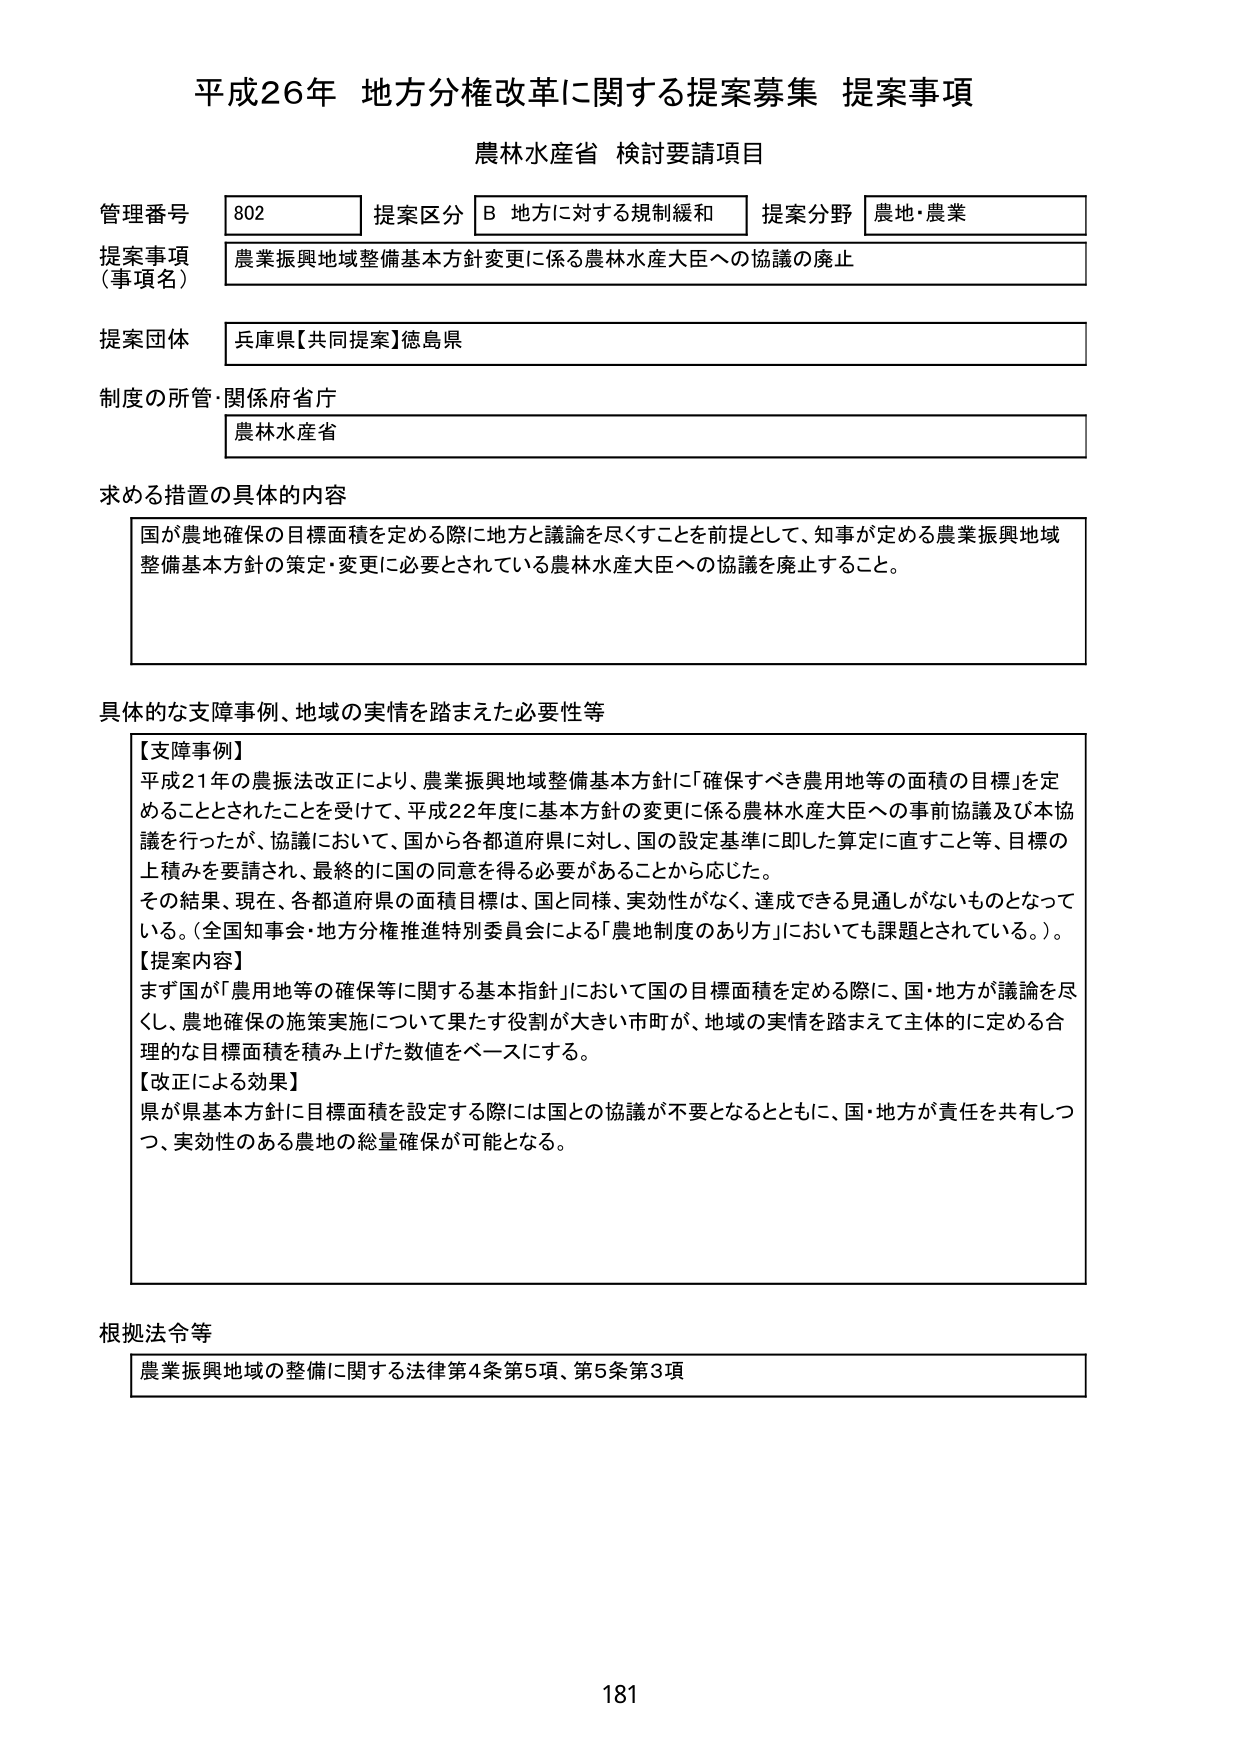
平成26年 地方分権改革に関する提案募集 提案事項
農林水産省 検討要請項目

管理番号 802 提案区分 B 地方に対する規制緩和 提案分野 農地・農業
提案事項（事項名） 農業振興地域整備基本方針変更に係る農林水産大臣への協議の廃止
提案団体 兵庫県【共同提案】徳島県
制度の所管・関係府省庁 農林水産省

求める措置の具体的内容
国が農地確保の目標面積を定める際に地方と議論を尽くすことを前提として、知事が定める農業振興地域整備基本方針の策定・変更に必要とされている農林水産大臣への協議を廃止すること。

具体的な支障事例、地域の実情を踏まえた必要性等
【支障事例】
平成21年の農振法改正により、農業振興地域整備基本方針に「確保すべき農用地等の面積の目標」を定めることとされたことを受けて、平成22年度に基本方針の変更に係る農林水産大臣への事前協議及び本協議を行ったが、協議において、国から各都道府県に対し、国の設定基準に即した算定に直すこと等、目標の上積みを要請され、最終的に国の同意を得る必要があることから応じた。
その結果、現在、各都道府県の面積目標は、国と同様、実効性がなく、達成できる見通しがないものとなっている。（全国知事会・地方分権推進特別委員会による「農地制度のあり方」においても課題とされている。）。
【提案内容】
まず国が「農用地等の確保等に関する基本指針」において国の目標面積を定める際に、国・地方が議論を尽くし、農地確保の施策実施について果たす役割が大きい市町が、地域の実情を踏まえて主体的に定める合理的な目標面積を積み上げた数値をベースにする。
【改正による効果】
県が県基本方針に目標面積を設定する際には国との協議が不要となるとともに、国・地方が責任を共有しつつ、実効性のある農地の総量確保が可能となる。

根拠法令等
農業振興地域の整備に関する法律第4条第5項、第5条第3項

181